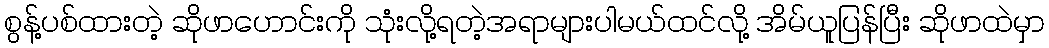
စွန့်ပစ်ထားတဲ့ ဆိုဖာဟောင်းကို သုံးလို့ရတဲ့အရာများပါမယ်ထင်လို့ အိမ်ယူပြန်ပြီး ဆိုဖာထဲမှာ